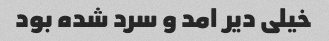
خیلی دیر امد و سرد شده بود